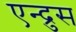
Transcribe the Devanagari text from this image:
एन्द्रुस